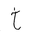
Letter: _kha